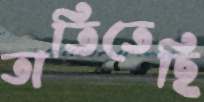
তাতিতেছি